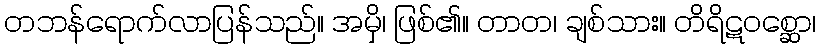
တဘန်ရောက်လာပြန်သည်။ အမှိ၊ ဖြစ်၏။ တာတ၊ ချစ်သား။ တိရိဋဝစ္ဆော၊